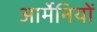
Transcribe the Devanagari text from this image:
आर्मेनियों